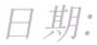
日期: